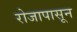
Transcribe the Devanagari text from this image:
रोजापासून